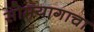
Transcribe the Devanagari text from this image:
सोमयागाचा